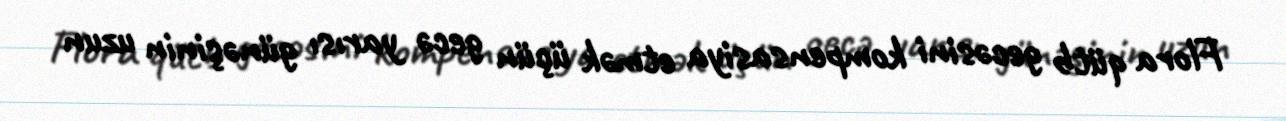
Flora qütb gecəsini kompensasiya etmək üçün gecə yarısı günəşinin uzun